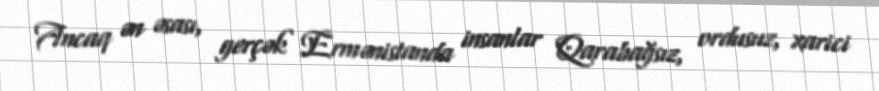
Ancaq ən əsası, gerçək Ermənistanda insanlar Qarabağsız, ordusuz, xarici